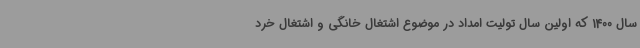
سال 1400 که اولین سال تولیت امداد در موضوع اشتغال خانگی و اشتغال خرد